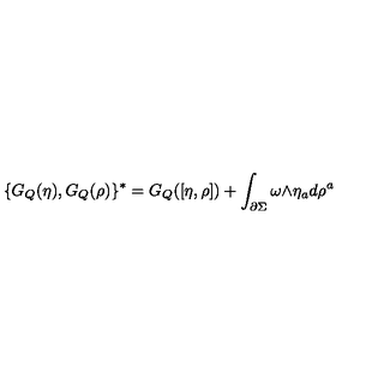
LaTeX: \{ G _ { Q } ( \eta ) , G _ { Q } ( \rho ) \} ^ { * } = G _ { Q } ( [ \eta , \rho ] ) + \int _ { \partial \Sigma } \omega \mathrm { \tiny \wedge } \eta _ { a } d \rho ^ { a }